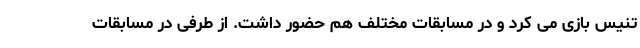
تنیس بازی می کرد و در مسابقات مختلف هم حضور داشت. از طرفی در مسابقات